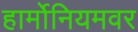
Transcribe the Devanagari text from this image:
हार्मोनियमवर